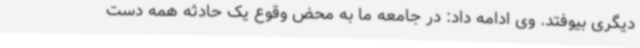
دیگری بیوفتد. وی ادامه داد: در جامعه ما به محض وقوع یک حادثه همه دست